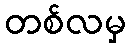
တစ်လမှ